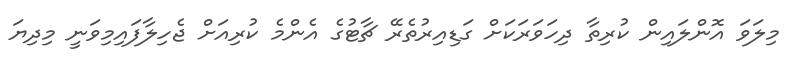
މިލަވަ އޮންލައިން ކުރިތާ ދިހަވަރަކަށް ގަޑިއިރުތެރޭ ޗާޓުގެ އެންމެ ކުރިއަށް ޖެހިލާފައިމިވަނީ މިދިޔަ